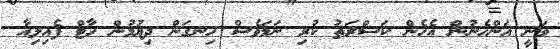
ވަނީ އަންހެނުން އެހެން ކަސްރަތު ކުރި ނަމަވެސް ހިނގަން ދިޔުމުން ހާޓް ފެއިލިއާ